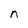
Character: n